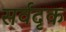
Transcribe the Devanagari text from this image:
सर्वदृक